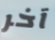
آخر